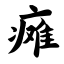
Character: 瘫